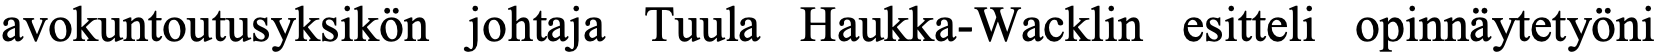
avokuntoutusyksikön johtaja Tuula Haukka-Wacklin esitteli opinnäytetyöni